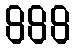
888